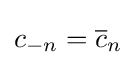
c_{-n}={\overline {c}}_{n}